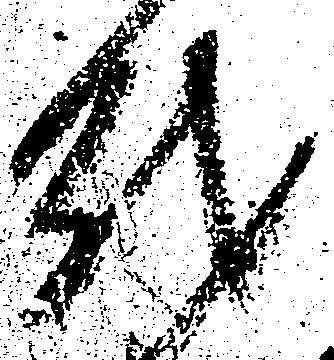
越